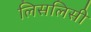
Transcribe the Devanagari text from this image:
लिसलिसी